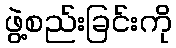
ဖွဲ့စည်းခြင်းကို